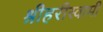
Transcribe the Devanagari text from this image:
श्रीहरीस्वामी